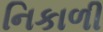
નિકાળી